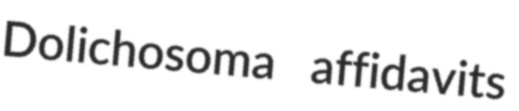
Dolichosoma affidavits